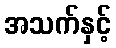
အသက်နှင့်